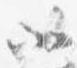
如